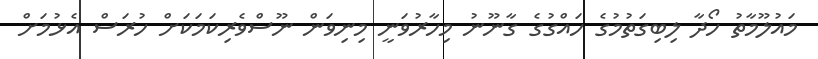
މައުލޫމާތު ހޯދާ ލިބިގަތުމުގެ ހައްގުގެ ގާނޫނު މިހާރުވަނީ މިނިވަން ނޫސްވެރިކަމަކަށް ހުރަސް އެޅުމަށް